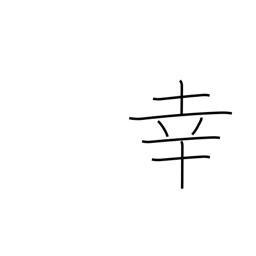
Meaning: fortune